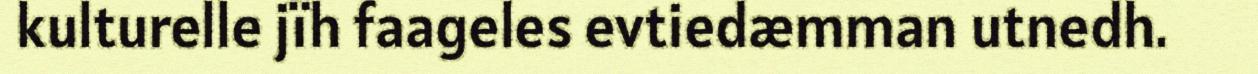
kulturelle jïh faageles evtiedæmman utnedh.